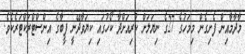
މާދާމާއިން ފެށިގެން މިމަހުގެ 27ގެ ނިޔަލަށް ކުރިއަށްދާ ކޯހުގައި ކިޔަވާދޭނީ ފީބާގެ އިންސްޓްރަކްޓަރެކެވެ.